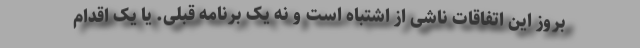
بروز این اتفاقات ناشی از اشتباه است و نه یک برنامه قبلی. یا یک اقدام